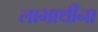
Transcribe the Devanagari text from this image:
लाभार्थींना